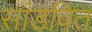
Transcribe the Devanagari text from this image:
सांडवित